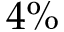
4 \%